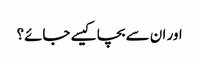
اور ان سے بچا کیسے جائے؟